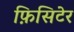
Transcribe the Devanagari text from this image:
फ़िसिटेर